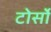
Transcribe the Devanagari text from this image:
टोर्सो